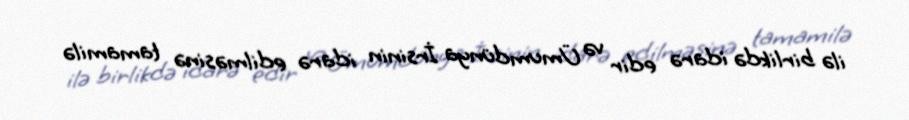
ilə birlikdə idarə edir və Ümumdünya İrsinin idarə edilməsinə tamamilə